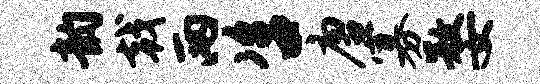
韵戟两咨唐寡婺